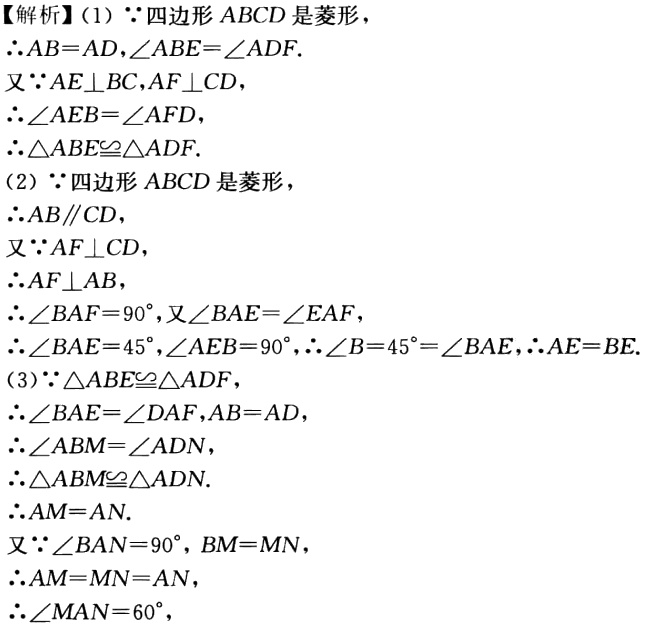
【解析】
(1) $\because$四边形$ABCD$是菱形，
$\therefore AB = AD,\angle ABE=\angle ADF$.
又$\because AE\perp BC,AF\perp CD$，
$\therefore\angle AEB=\angle AFD$，
$\therefore\triangle ABE\cong\triangle ADF$.
(2) $\because$四边形$ABCD$是菱形，
$\therefore AB\parallel CD$，
又$\because AF\perp CD$，
$\therefore AF\perp AB$，
$\therefore\angle BAF = 90^{\circ}$，又$\angle BAE=\angle EAF$，
$\therefore\angle BAE = 45^{\circ},\angle AEB = 90^{\circ},\therefore\angle B = 45^{\circ}=\angle BAE,\therefore AE = BE$.
(3) $\because\triangle ABE\cong\triangle ADF$，
$\therefore\angle BAE=\angle DAF,AB = AD$，
$\therefore\angle ABM=\angle ADN$，
$\therefore\triangle ABM\cong\triangle ADN$.
$\therefore AM = AN$.
又$\because\angle BAN = 90^{\circ},BM = MN$，
$\therefore AM = MN = AN$，
$\therefore\angle MAN = 60^{\circ}$，